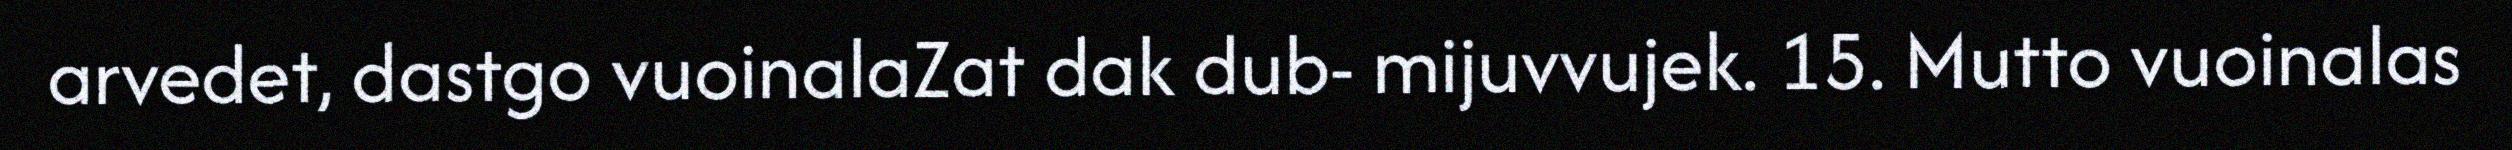
arvedet, dastgo vuoinalaZat dak dub- mijuvvujek. 15. Mutto vuoinalas